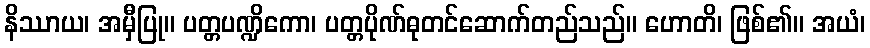
နိဿာယ၊ အမှီပြု။ ပတ္တပဏ္ဍိကော၊ ပတ္တပိုဏ်ဓုတင်ဆောက်တည်သည်။ ဟောတိ၊ ဖြစ်၏။ အယံ၊